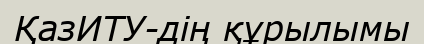
ҚазИТУ-дің құрылымы